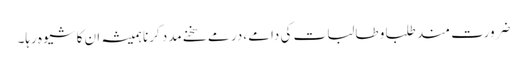
ضرورت مند طلبا و طالبات کی دامے ،در مے سخنے مدد کرنا ہمیشہ ان کا شیوہ رہا۔